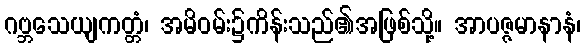
ဂဗ္ဘသေယျကတ္တံ၊ အမိဝမ်း၌ကိန်းသည်၏အဖြစ်သို့။ အာပဇ္ဇမာနာနံ၊